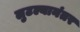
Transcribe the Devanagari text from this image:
लुटल्यानंतर